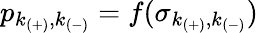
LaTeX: p_{k_{(+)},k_{(-)}}=f(\sigma_{k_{(+)},k_{(-)}})